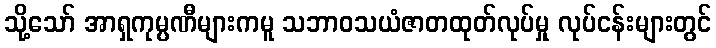
သို့သော် အာရှကုမ္ပဏီများကမူ သဘာဝသယံဇာတထုတ်လုပ်မှု လုပ်ငန်းများတွင်